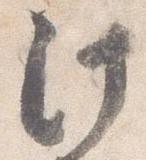
汁